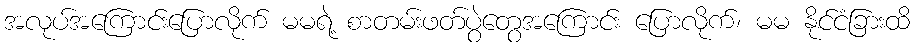
အလုပ်အကြောင်းပြောလိုက် မမရဲ့ စာတမ်းဖတ်ပွဲတွေအကြောင်း ပြောလိုက်၊ မမ နိုင်ငံခြားထိ